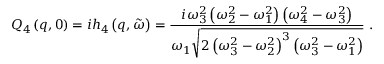
Q _ { 4 } \left( q , 0 \right) = i h _ { 4 } \left( q , \tilde { \omega } \right) = \frac { i \omega _ { 3 } ^ { 2 } \left( \omega _ { 2 } ^ { 2 } - \omega _ { 1 } ^ { 2 } \right) \left( \omega _ { 4 } ^ { 2 } - \omega _ { 3 } ^ { 2 } \right) } { \omega _ { 1 } \sqrt { 2 \left( \omega _ { 3 } ^ { 2 } - \omega _ { 2 } ^ { 2 } \right) ^ { 3 } \left( \omega _ { 3 } ^ { 2 } - \omega _ { 1 } ^ { 2 } \right) } } \ .